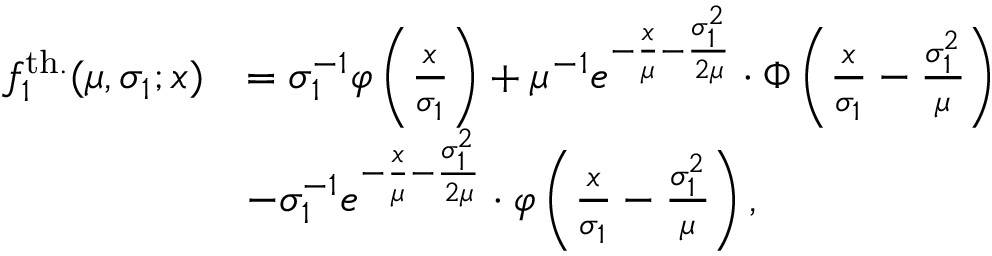
\begin{array} { r l } { f _ { 1 } ^ { \mathrm { t h . } } ( \mu , \sigma _ { 1 } ; x ) } & { = \sigma _ { 1 } ^ { - 1 } \varphi \left( \frac x { \sigma _ { 1 } } \right) + \mu ^ { - 1 } e ^ { - \frac x \mu - \frac { \sigma _ { 1 } ^ { 2 } } { 2 \mu } } \cdot \Phi \left( \frac x { \sigma _ { 1 } } - \frac { \sigma _ { 1 } ^ { 2 } } { \mu } \right) } \\ & { - \sigma _ { 1 } ^ { - 1 } e ^ { - \frac x \mu - \frac { \sigma _ { 1 } ^ { 2 } } { 2 \mu } } \cdot \varphi \left( \frac x { \sigma _ { 1 } } - \frac { \sigma _ { 1 } ^ { 2 } } { \mu } \right) , } \end{array}